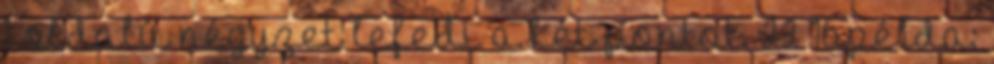
1 oldalú négyzet lefedi a két pontot. 22 16.példa: